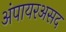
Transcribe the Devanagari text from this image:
अंपायरअसद